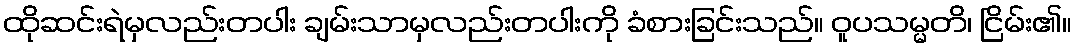
ထိုဆင်းရဲမှလည်းတပါး ချမ်းသာမှလည်းတပါးကို ခံစားခြင်းသည်။ ဝူပသမ္မတိ၊ ငြိမ်း၏။